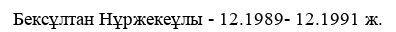
Бексұлтан Нұржекеұлы - 12.1989- 12.1991 ж.